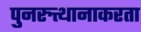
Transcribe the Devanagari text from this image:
पुनरुत्थानाकरता